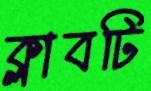
ক্লাবটি